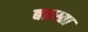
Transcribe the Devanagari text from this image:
बात्त्स्ता